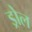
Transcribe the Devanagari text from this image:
ड्रोल